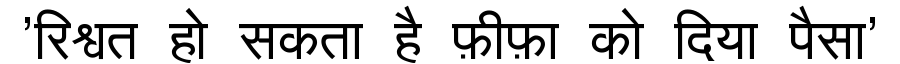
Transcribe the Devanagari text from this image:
'रिश्वत हो सकता है फ़ीफ़ा को दिया पैसा'